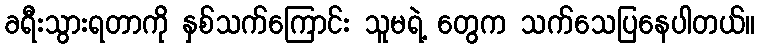
ခရီးသွားရတာကို နှစ်သက်ကြောင်း သူမရဲ့ တွေက သက်သေပြနေပါတယ်။